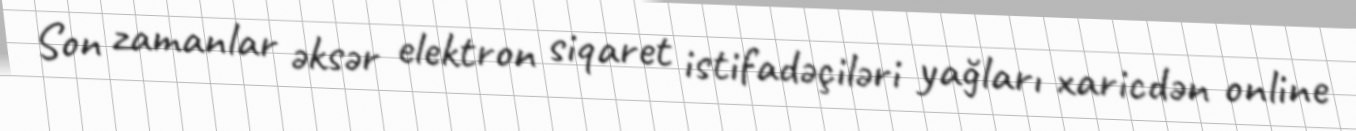
Son zamanlar əksər elektron siqaret istifadəçiləri yağları xaricdən online